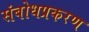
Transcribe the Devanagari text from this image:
संबोधप्रकरण